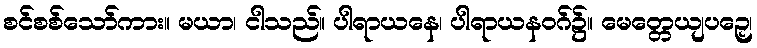
စင်စစ်သော်ကား။ မယာ၊ ငါသည်။ ပါရာယနေ၊ ပါရာယနဝဂ်၌။ မေတ္တေယျပဉှေ၊